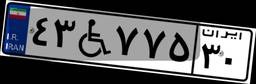
۴۳W۷۷۵۳۰